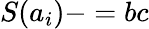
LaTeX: S(a_{i})-=bc